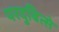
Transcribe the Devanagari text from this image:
परदुबित्से